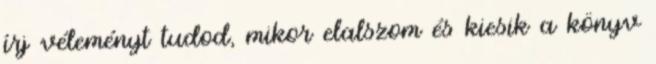
írj véleményt tudod, mikor elalszom és kiesik a könyv